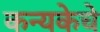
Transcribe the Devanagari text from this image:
कन्यकेचे